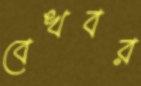
বেখবর